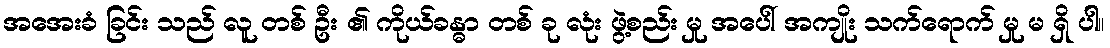
အအေးခံ ခြင်း သည် လူ တစ် ဦး ၏ ကိုယ်ခန္ဓာ တစ် ခု လုံး ဖွဲ့စည်း မှု အပေါ် အကျိုး သက်ရောက် မှု မ ရှိ ပါ။